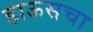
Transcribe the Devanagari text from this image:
हाऊसचा